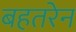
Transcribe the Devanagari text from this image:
बहतरेन